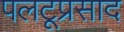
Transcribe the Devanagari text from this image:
पलटूप्रसाद